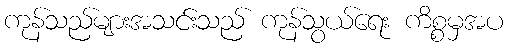
ကုန်သည်များအသင်းသည် ကုန်သွယ်ရေး ကိစ္စမှအပ